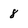
Character: 8